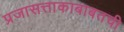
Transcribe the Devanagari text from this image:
प्रजासत्ताकाबाबतची